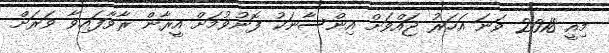
މިއީ 2018 ވަނަ އަހަރު ޖައްވަށް އިންސާނަކު ފޮނުވުމަށް އީރާން ރާވާފައިވާ ވަރަށް